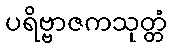
ပရိဗ္ဗာဇကသုတ္တံ